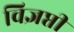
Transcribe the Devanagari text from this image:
विज्ञप्ती